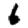
Digit: 6